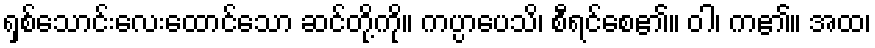
ရှစ်သောင်းလေးထောင်သော ဆင်တို့ကို။ ကပ္ပာပေသိ၊ စီရင်စေ၏။ ဝါ၊ က၏။ အထ၊